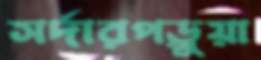
সর্দারপড়ুয়া